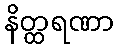
နိတ္ထရဏာ